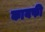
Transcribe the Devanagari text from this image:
कायफी